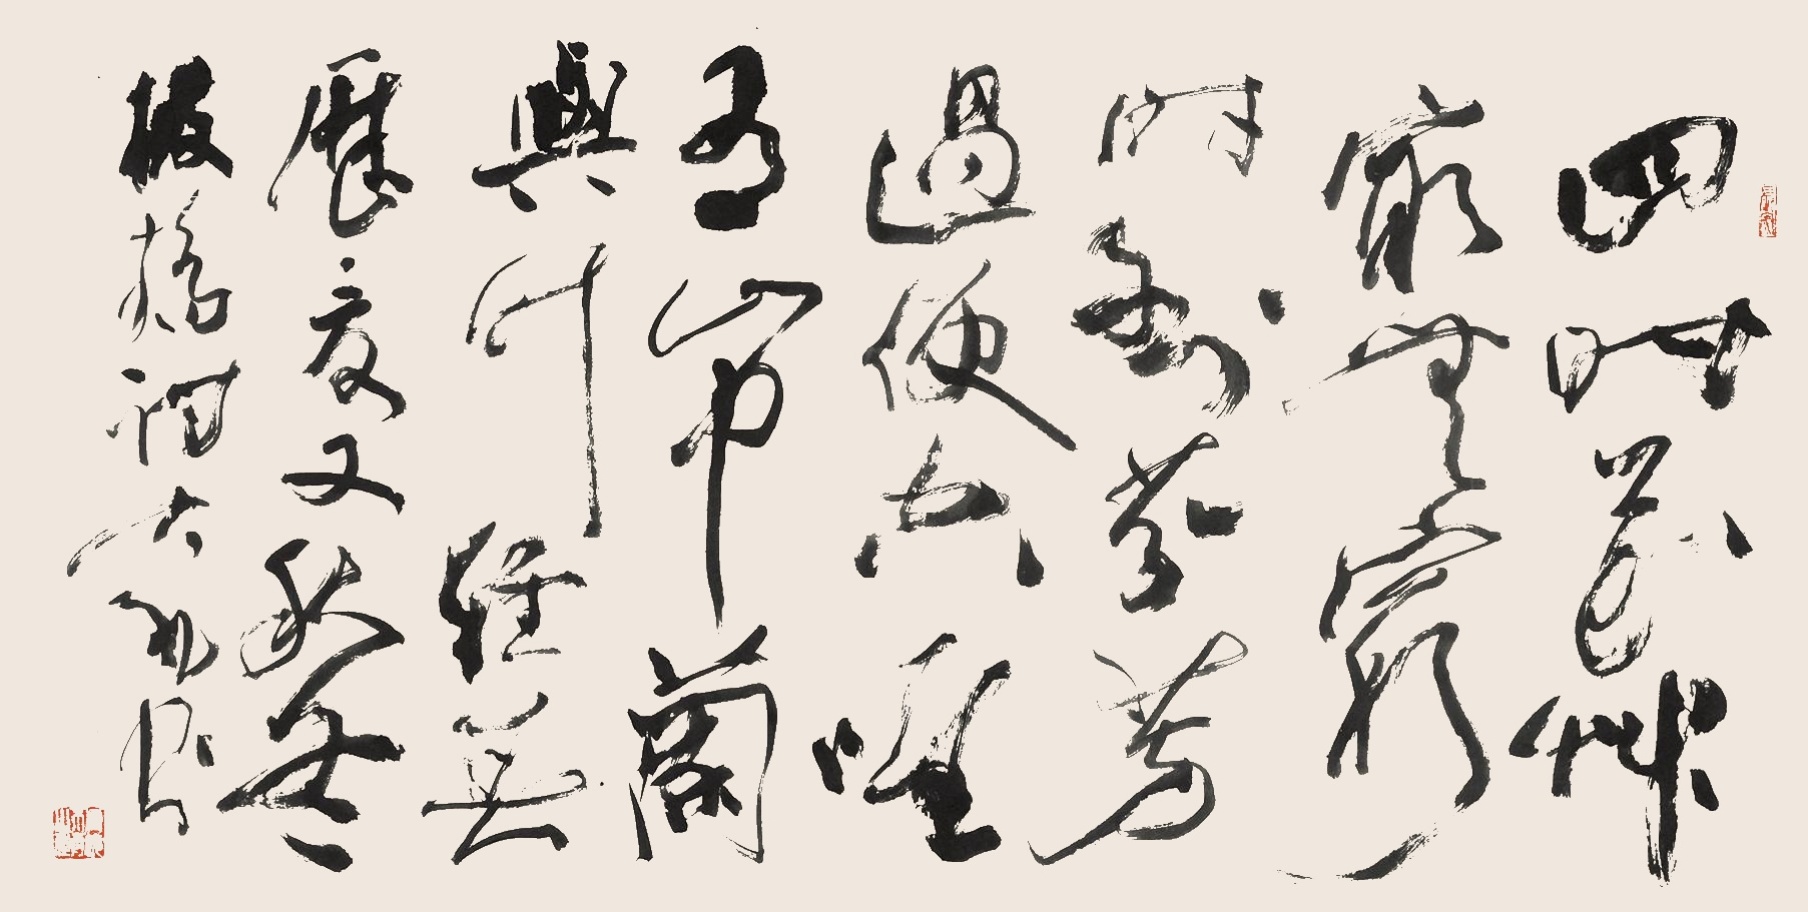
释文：四时花草最无穷，时到芬芳过便空。唯有山中兰与竹，经春历夏又秋冬。板桥诗大礼书。